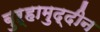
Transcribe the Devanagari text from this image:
बुऱ्हामुद्दीन